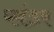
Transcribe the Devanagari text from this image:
प्लंडर